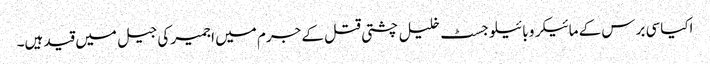
اکیاسی برس کے مائیکرو بائیلوجسٹ خلیل چشتی قتل کے جرم میں اجمیر کی جیل میں قید ہیں۔